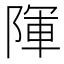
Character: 𮥒